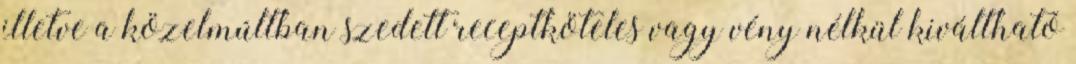
illetve a közelmúltban szedett receptköteles vagy vény nélkül kiváltható